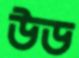
উড